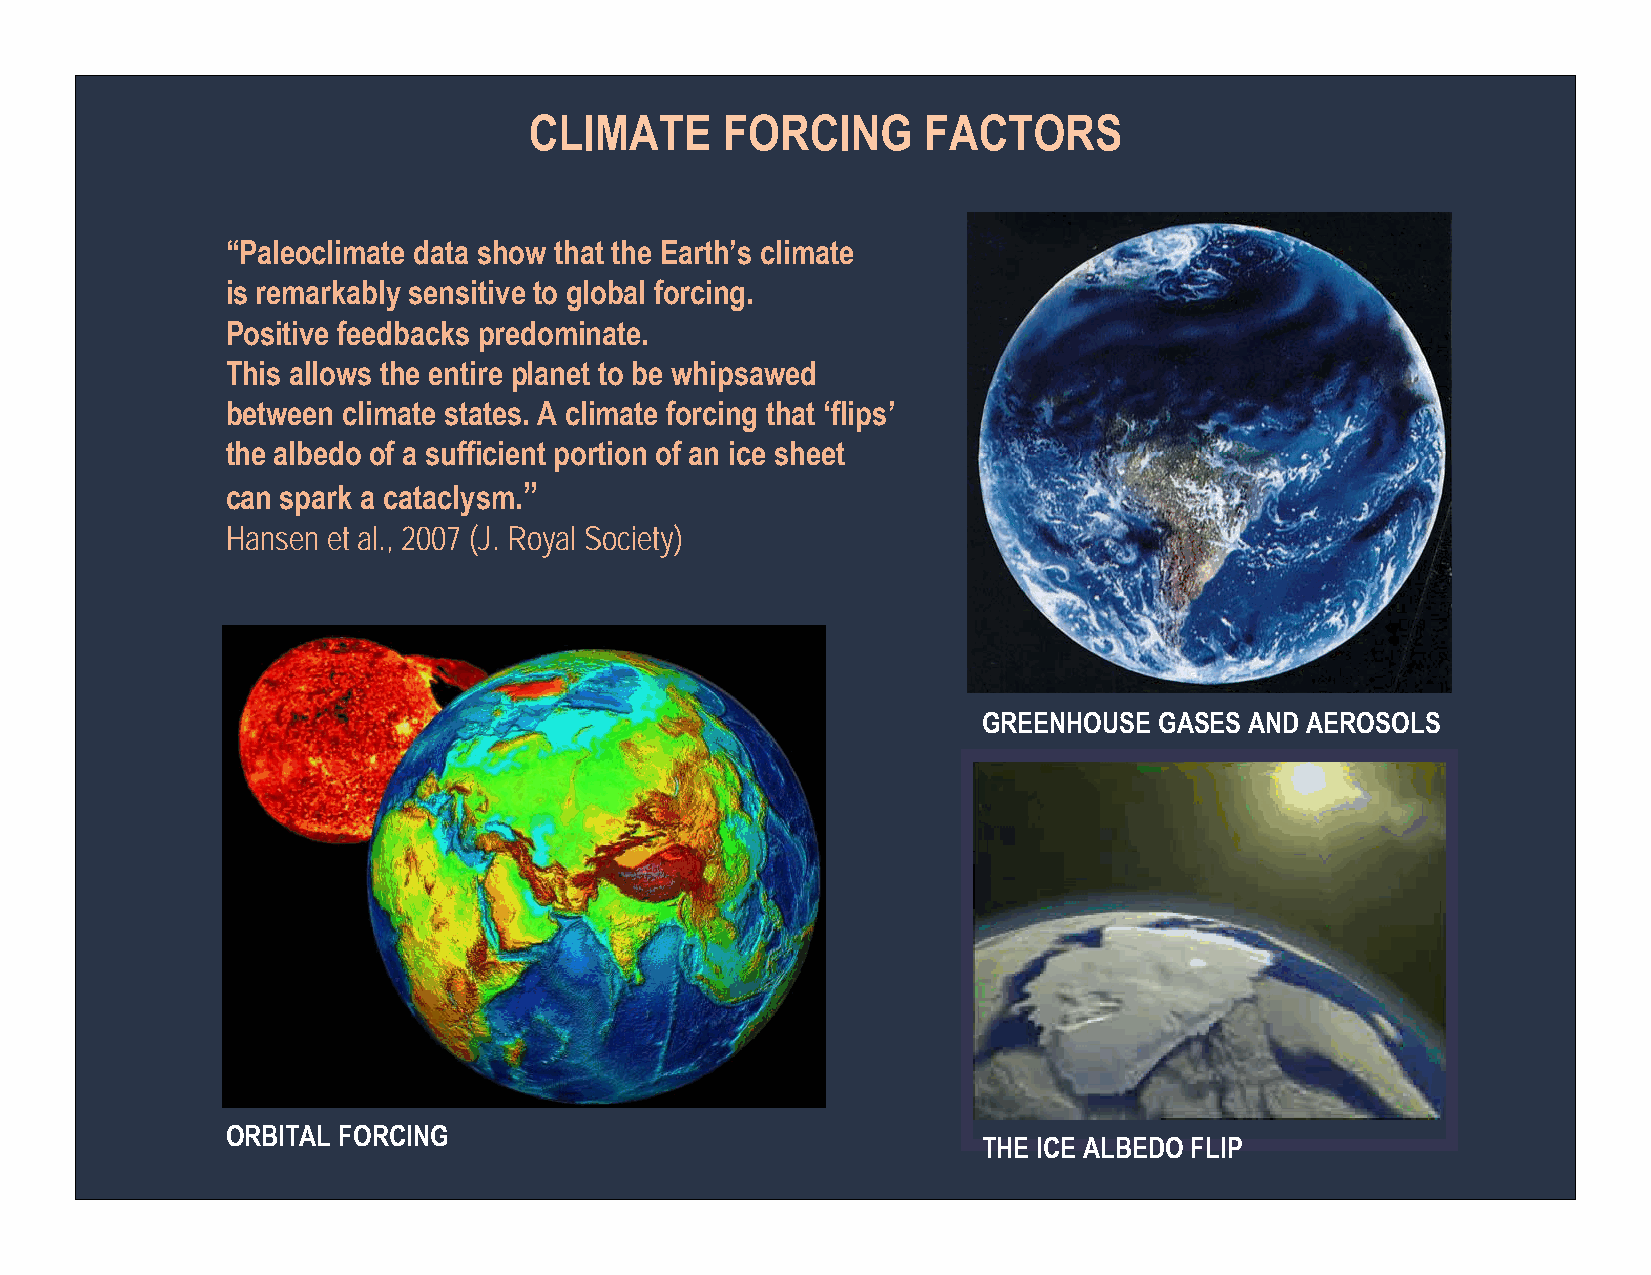
CLIMATE      FORCING      FACTORS
 “Paleoclimate data show that the Earth’s climate
 is remarkably sensitive to global forcing.
 Positive feedbacks predominate.
 This allows the entire planet to be whipsawed
 between climate states. A climate forcing that ‘flips’
 the albedo of a sufficient portion of an ice sheet
 can spark a cataclysm.”
 Hansen et al., 2007 (J. Royal Society)
 GREENHOUSE  GASES AND AEROSOLS
 ORBITAL FORCING
 THE ICE ALBEDO FLIP